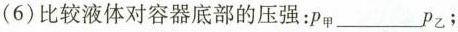
(6)比较液体对容器底部的压强：\rho_{甲}___\rho_{乙}；